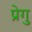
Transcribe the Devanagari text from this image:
प्रेगु